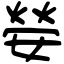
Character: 𡠺